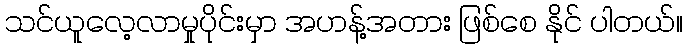
သင်ယူလေ့လာမှုပိုင်းမှာ အဟန့်အတား ဖြစ်စေ နိုင် ပါတယ်။